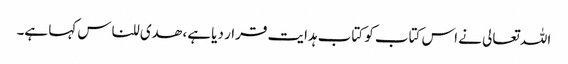
اللہ تعالی نے اس کتاب کو کتاب ہدایت قرار دیا ہے، ھدی للناس کہا ہے۔